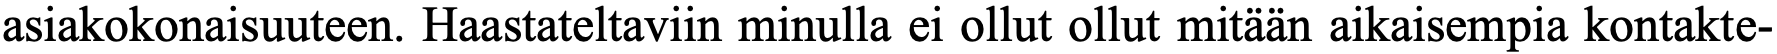
asiakokonaisuuteen. Haastateltaviin minulla ei ollut ollut mitään aikaisempia kontakte-